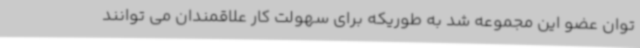
توان عضو این مجموعه شد به طوریکه برای سهولت کار علاقمندان می توانند